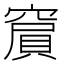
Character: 𥧨